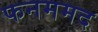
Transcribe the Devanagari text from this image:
फनममद